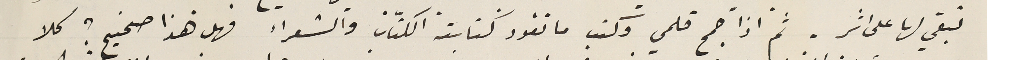
تبقي لها على اثر. ثم اذا جمح قلمي وكتب ما تقود كتابته الكتّاب والشعراء فهل هذا صحيح؟ كلا